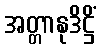
အတ္တာနုဒိဋ္ဌိံ